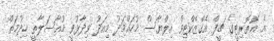
އެ އޮތޮރިޓީގެ ޗީފް އެގްޒެކްޓިވް އިލްޔާސް މުހައްމަދު މިއަދު ވިދާޅުވީ މުއާސަލާތީ ޚިދުމަތް